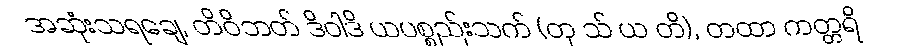
အဆုံးသရချေ, တိဝိဘတ် ဒိဝါဒိ ယပစ္စည်းသက် (တု သ် ယ တိ), တထာ ကတ္တရိ